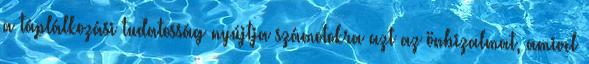
a táplálkozási tudatosság nyújtja számotokra azt az önbizalmat, amivel